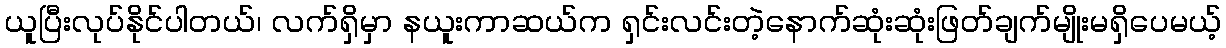
ယူပြီးလုပ်နိုင်ပါတယ်၊ လက်ရှိမှာ နယူးကာဆယ်က ရှင်းလင်းတဲ့နောက်ဆုံးဆုံးဖြတ်ချက်မျိုးမရှိပေမယ့်